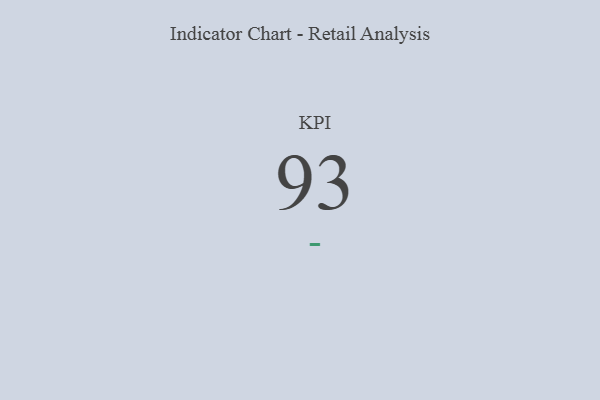
{"axis": {"x": "KPI", "y": "Value"}, "legend": [""], "data": [{"x": "KPI", "y": 93, "type": ""}]}